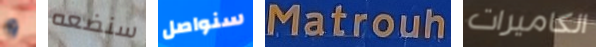
و سنضعه سنواصل Matrouh الكاميرات